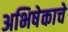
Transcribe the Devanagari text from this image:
अभिषेकाचे